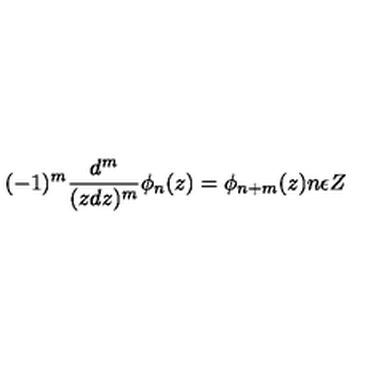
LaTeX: ( - 1 ) ^ { m } \frac { d ^ { m } } { ( z d z ) ^ { m } } \phi _ { n } ( z ) = \phi _ { n + m } ( z ) n \epsilon Z